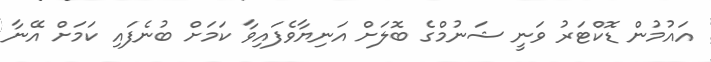
އައުމުން ޑޮކްޓަރު ވަނީ ޝަނުމްގެ ބޮލަށް އަނިޔާވެފައިވާ ކަމަށް ބުނެފައި ކަމަށް އޭނާ